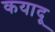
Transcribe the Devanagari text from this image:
कयादू